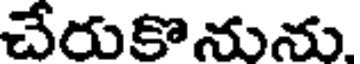
చేరుకొనును